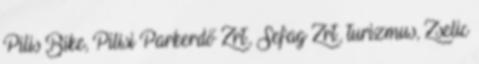
Pilis Bike, Pilisi Parkerdő Zrt., Sefag Zrt., turizmus, Zselic